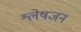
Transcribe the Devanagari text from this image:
श्लेषजन